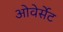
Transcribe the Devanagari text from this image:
ओवेर्सेट